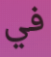
في